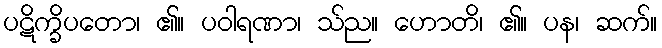
ပဋိက္ခိပတော၊ ၏။ ပဝါရဏာ၊ သ်ည။ ဟောတိ၊ ၏။ ပန၊ ဆက်။